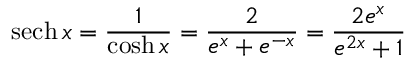
\operatorname { s e c h } x = { \frac { 1 } { \cosh x } } = { \frac { 2 } { e ^ { x } + e ^ { - x } } } = { \frac { 2 e ^ { x } } { e ^ { 2 x } + 1 } }